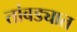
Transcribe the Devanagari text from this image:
तांबड्यात